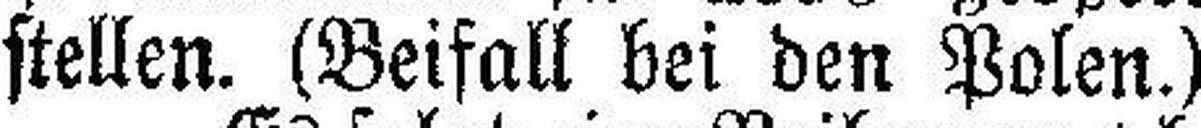
stellen. (Beifall bei den Polen.)